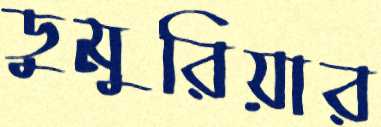
ডুমুরিয়ার